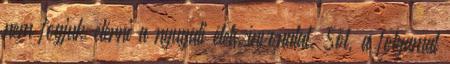
nem fogjuk elérni a nyugati életszínvonalat. Sőt, a folyamat